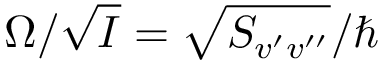
\Omega / \sqrt { I } = \sqrt { S _ { v ^ { \prime } v ^ { \prime \prime } } } / \hbar